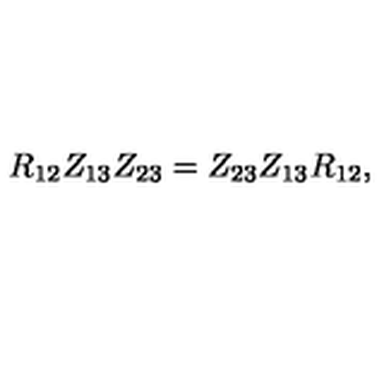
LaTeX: R _ { 1 2 } Z _ { 1 3 } Z _ { 2 3 } = Z _ { 2 3 } Z _ { 1 3 } R _ { 1 2 } , \quad